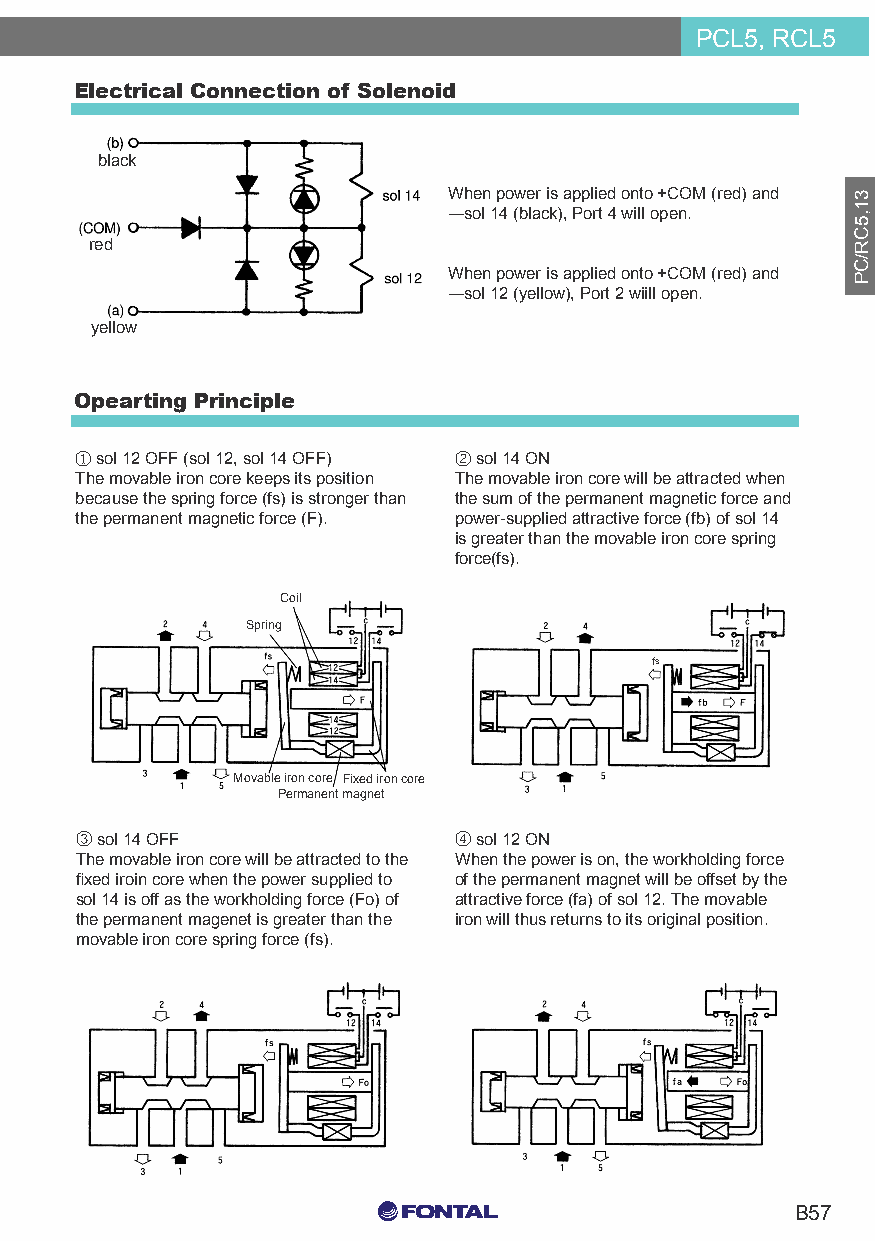
PCL5, RCL5
 Electrical Connection of Solenoid
 black
 When power is applied onto +COM (red) and
 ―sol 14 (black), Port 4 will open.
 red
 When power is applied onto +COM (red) and
 ―sol 12 (yellow), Port 2 wiill open.
 yellow
 Opearting Principle
 ① sol 12 OFF (sol 12, sol 14 OFF) ② sol 14 ON
 The movable iron core keeps its position The movable iron core will be attracted when
 because the spring force (fs) is stronger than the sum of the permanent magnetic force and
 the permanent magnetic force (F). power-supplied attractive force (fb) of sol 14
 is greater than the movable iron core spring
 force(fs).
 Coil
 Spring
 fs
 Movable iron core Fixed iron core
 Permanent magnet
 ③ sol 14 OFF             ④ sol 12 ON
 The movable iron core will be attracted to the When the power is on, the workholding force
 fixed iroin core when the power supplied to of the permanent magnet will be offset by the
 sol 14 is off as the workholding force (Fo) of attractive force (fa) of sol 12. The movable
 the permanent magenet is greater than the iron will thus returns to its original position.
 movable iron core spring force (fs).
 C0 M0 Y15 K15
 B57
 C0 M0 Y0 K100
 C0 M0 Y0 K0
 31,5CR/CP